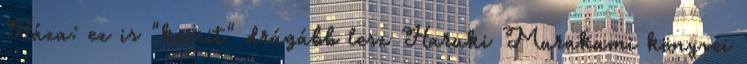
Háza: ez is "kicsit" drágább lesz Haruki Murakami könyvei